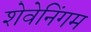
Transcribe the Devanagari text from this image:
शेवेनिंगम